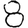
Digit: 8